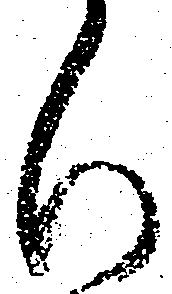
ひ